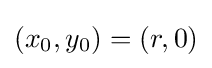
(x_{0},y_{0})=(r,0)